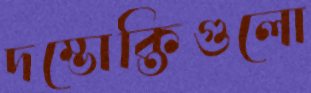
দম্ভোক্তিগুলো